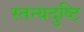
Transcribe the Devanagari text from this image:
स्तन्यदुष्टि